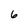
Character: 6